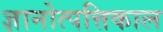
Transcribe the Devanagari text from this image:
ज्ञानोत्पत्तिकाल